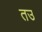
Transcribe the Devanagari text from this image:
तउ